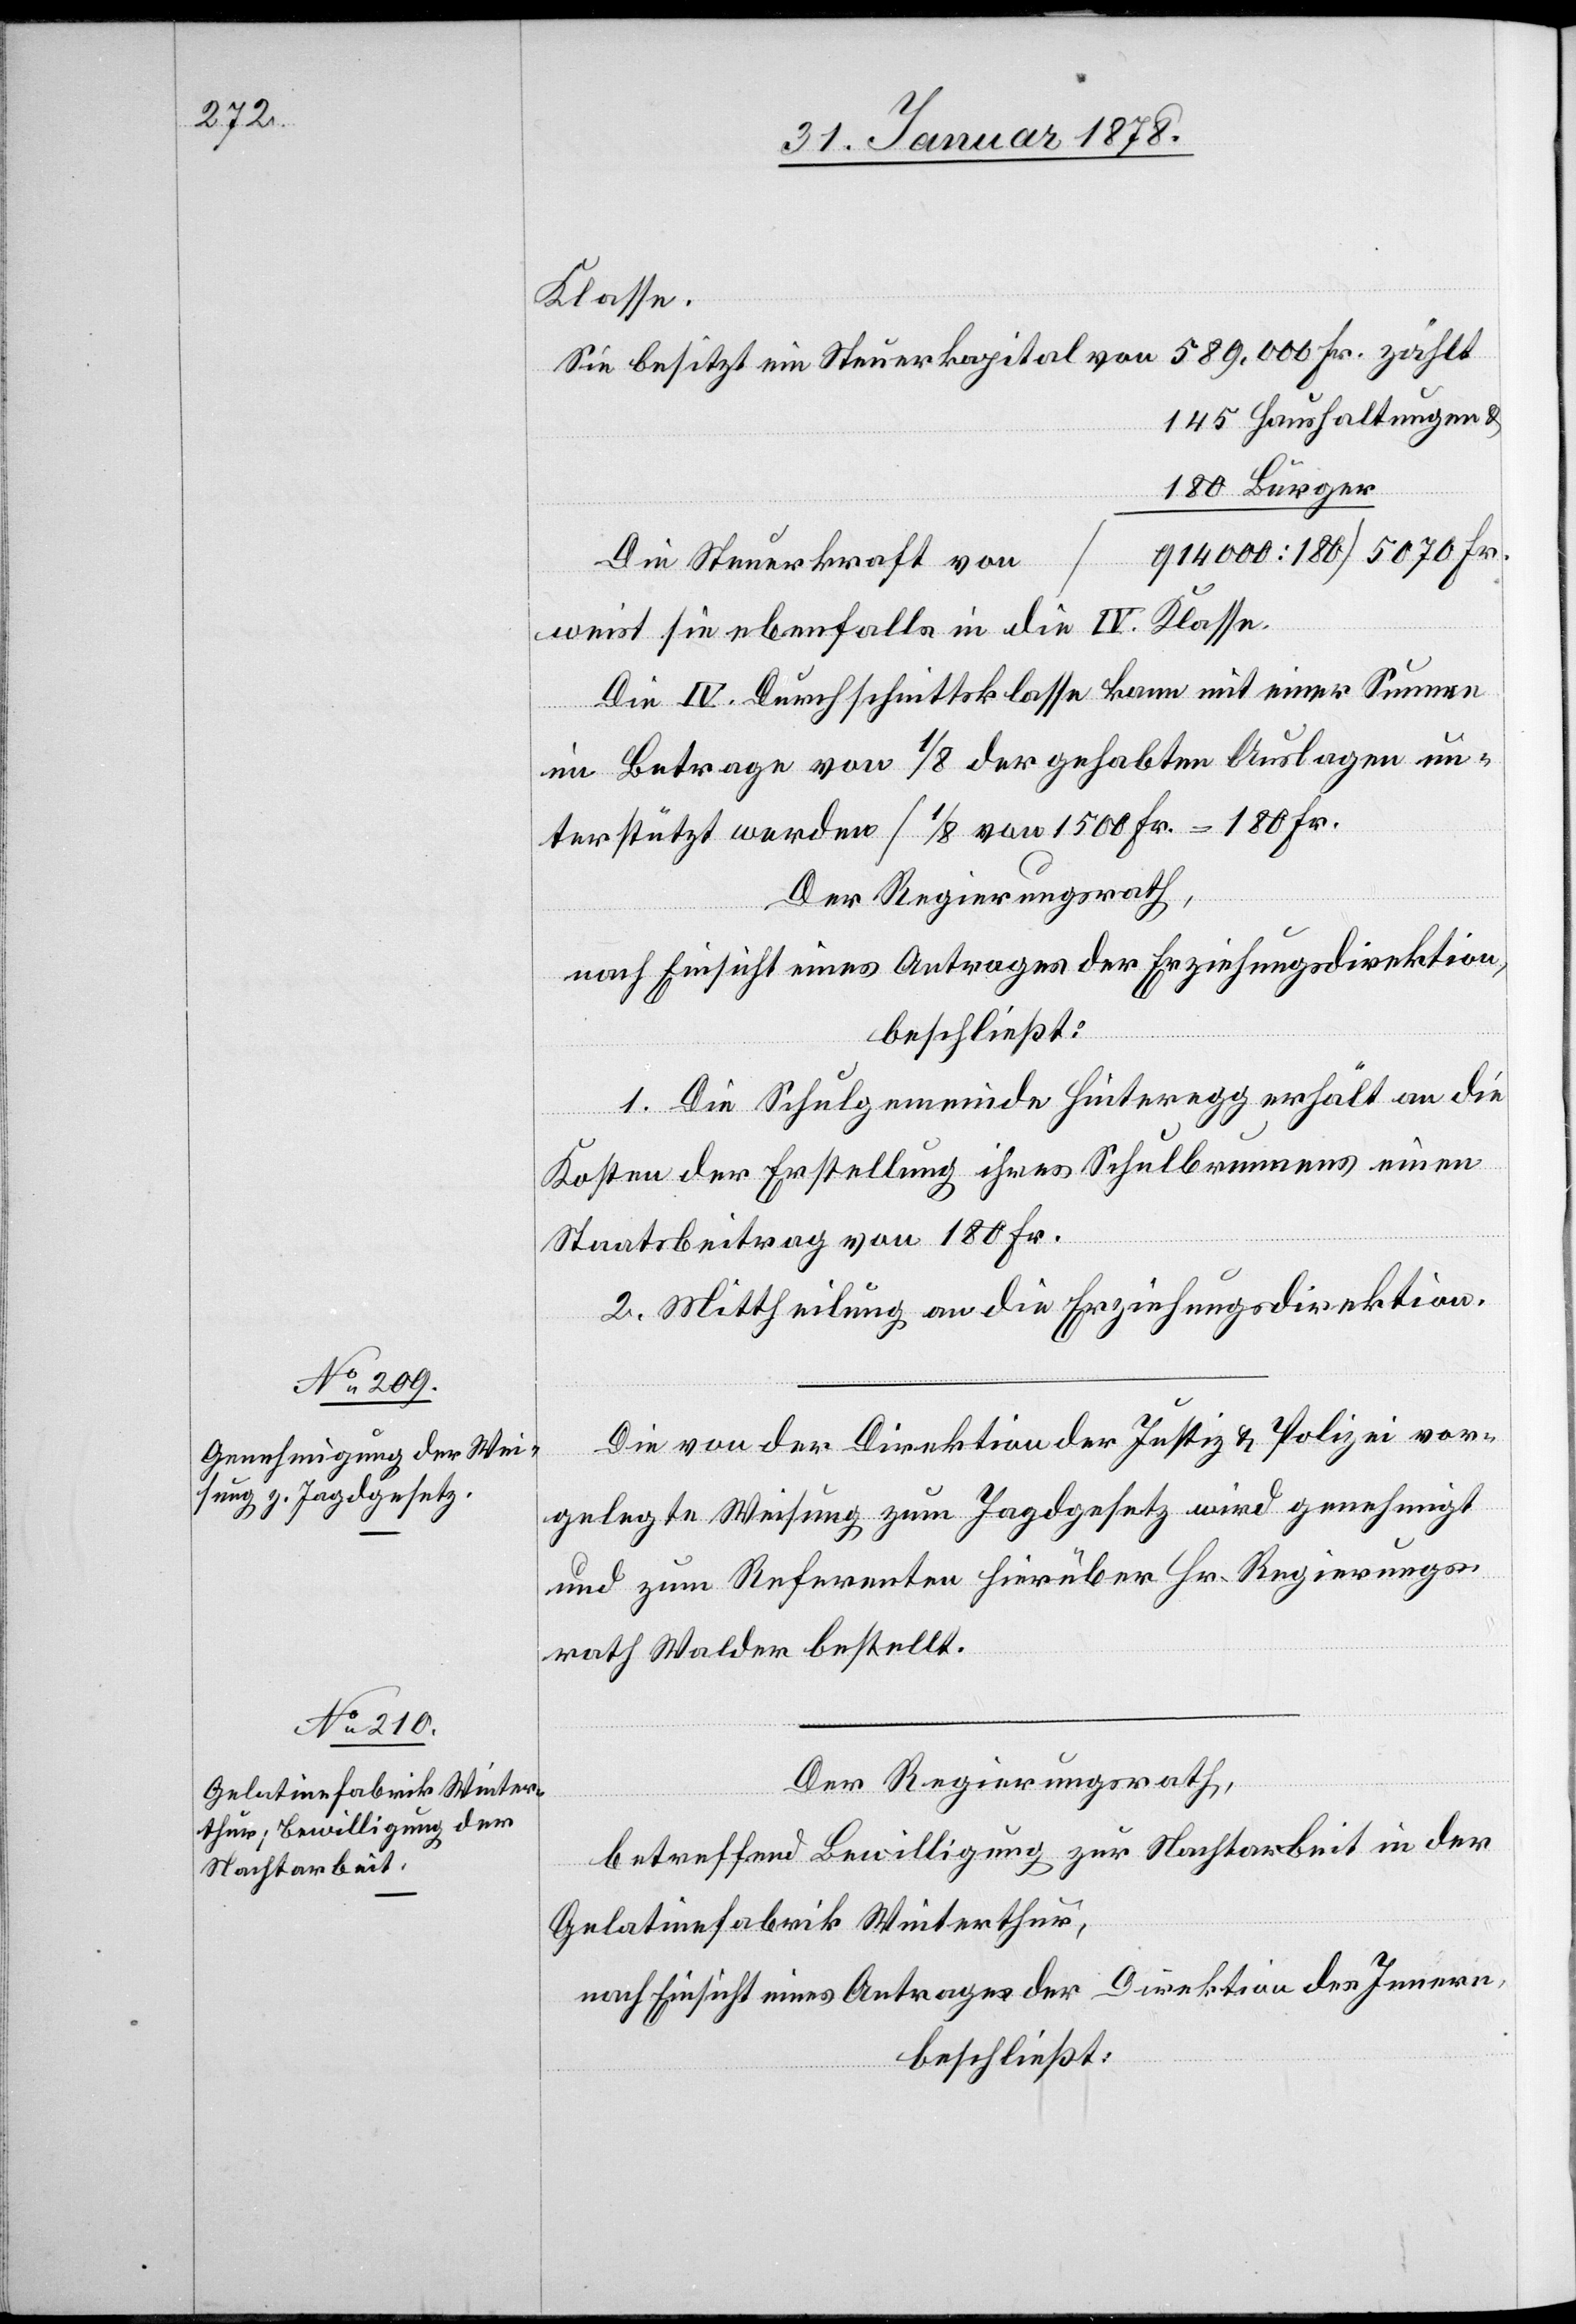
Klasse.
Sie besitzt ein Steuerkapital von 589.000 Fr. zählt
145 Haushaltungen &
180 Bürger
(914000 : 180) 5070 Fr.
Die Steuerkraft von
weist sie ebenfalls in die IV. Klasse.
Die IV. Durchschnittsklasse kann mit einer Summe
im Betrage von 1/8 der gehabten Auslagen un¬
terstützt werden 1/8 von 1500 Fr. = 180 Fr.[)]
Der Regierungsrath,
nach Einsicht eines Antrages der Erziehungsidrektion,
beschließt:
1. Die Schulgemeinde Hinteregg erhält an die
Kosten der Erstellung ihres Schulbrunnens einen
Staatsbeitrag von 180 Fr.
2. Mittheilung an die Erziehungsdirektion.
Die von der Direktion der Justiz & Polizei vor¬
gelegte Weisung zum Jagdgesetz wird genehmigt
und zum Referenten hierüber Hr. Regierungs¬
rath Walder bestellt.
Der Regierungsrath,
betreffend Bewilligung zur Nachtarbeit in der
Gelatinefabrik Winterthur,
nach Einsicht eines Antrages der Direktion des Innern,
beschließt: